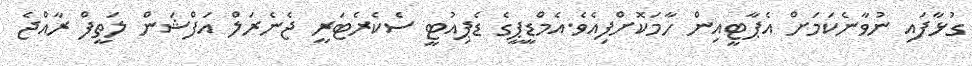
ގުޅާފައި ނުވާނެކަމަށް އެޕާޓީއިން ހާމަކޮށްފިއެވެ.އެމްޑީޕީގެ ޑެޕިއުޓީ ސެކެެރެޓަރީ ޖެނެރަލް އަފްޝަން ލަތީފް ރާއްޖެ